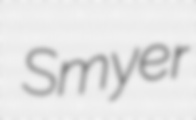
Smyer